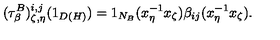
( \tau _ { \beta } ^ { B } ) _ { \zeta , \eta } ^ { i , j } ( 1 _ { D ( H ) } ) = 1 _ { N _ { B } } ( x _ { \eta } ^ { - 1 } x _ { \zeta } ) \beta _ { i j } ( x _ { \eta } ^ { - 1 } x _ { \zeta } ) .